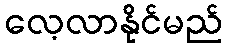
လေ့လာနိုင်မည်